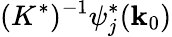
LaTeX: (K^{*})^{-1}\psi_{j}^{*}({\mathbf k}_{0})